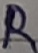
Text: R